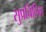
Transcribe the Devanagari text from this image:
सुप्रचिलित